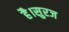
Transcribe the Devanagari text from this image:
है।सुरज